Civil Veterinary Department Bihar & Orissa reports 1929-36 - 1929-1936
Year: 1929
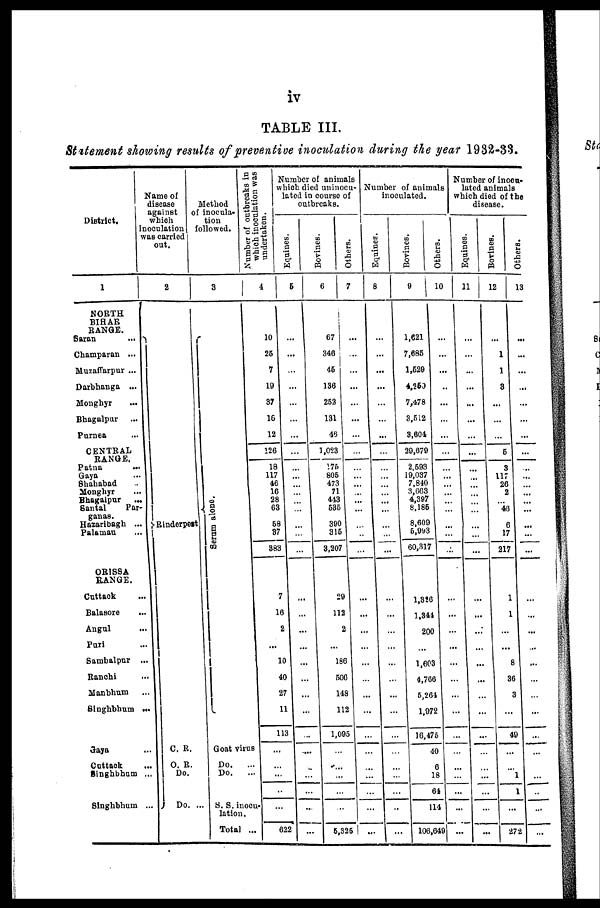
iv
TABLE III.
Statement showing results of preventive inoculation during the year 1932-33.
District.
1
NORTH
BIHAR
RANGE.
Saran ...
Champaran ...
Muzaffarpur ...
Darbhanga ...
Monghyr
...
Bhagalpur ...
Purnea ...
CENTEAL
RANGE.
Patna ...
Gaya ...
Shahabad ...
Monghyr ...
Bhagalpur ...
Santal Par-
ganas.
Hazaribagh ...
Palmau ...
ORISSA
RANGE.
Cuttack ...
Balasore ...
Angul ...
Puri ...
Sambalpur ...
Ranchi ...
Manbhum ...
Singhbhum ..
Gaya ...
Cuttack
...
Singhbhum ...
Singhbhum ...
Name of
disease
against
which
inoculation
was carried
out.
2
Rinderpest
C. R.
O. R.
Do.
Do. ...
Method
of inocula-
tion
followed.
3
Serum alone.
Goat virus
Do. ...
Do. ...
S. S.inocu-
lation.
Total ..
Number of outbreaks in
which inoculation was
undertaken.
4
10
25
7
19
37
16
12
126
18
117
46
16 28
63
58
37
883
7
16
2
...
10
40
27
11
113
...
...
...
...
...
622
Number of animals
which died uninocu-
lated in course of
outbreaks.
Equines.
5
...
...
...
...
...
...
...
...
...
...
...
...
...
...
...
...
...
...
...
...
...
...
...
...
...
...
...
...
...
...
...
...
Bovines.
6
67
340
45
136
252
131
46
1,023
175
805
473
71
443
535
390
315
3,207
29
112
2
...
186
506
148
112
1,095
...
...
...
...
...
5,325
Others.
7
...
...
...
...
...
...
...
...
...
...
...
...
...
...
...
...
...
...
...
...
...
...
...
...
...
...
...
...
...
...
...
...
Number of animals
inoculated.
Equines.
8
...
...
...
...
...
...
...
...
...
...
...
...
...
...
...
...
...
...
...
...
...
...
...
...
...
...
...
...
...
...
...
...
Bovines.
9
1,621
7,685
1,529
4,250
7,478
3,512
3,604
29,679
2,593
19,037
7,840
3,663
4,397
8,185
8,609
5,993
60,317
1,326
1,344
200
...
1,603
4,766
5,264
1,972
16,475
40
6
18
64
114
106,649
Others.
10
...
...
...
...
...
...
...
...
...
...
...
...
...
...
...
...
...
...
...
...
...
...
...
...
...
...
...
...
...
...
...
...
Number of inocu-
lated animals
which died of the
disease.
Equines.
11
...
...
...
...
...
...
...
...
...
...
...
...
...
...
...
...
...
...
...
...
...
...
...
...
...
...
...
...
...
...
...
...
Bovines.
12
...
1
1
3
...
...
...
5
3
117
26
2
... 46
6
17
217
1
1
...
...
8
36
3
...
49
...
...
1
1
...
272
Others.
13
...
...
...
...
...
...
...
...
...
...
...
...
...
...
...
...
...
...
...
...
...
...
...
...
...
...
...
...
...
...
...
...